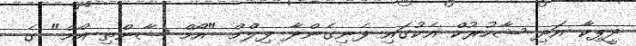
ދީޕިކާ އަދި ޝާހުރުކް އެކުގައި ފެނިގެންދާ ފިލްމް "އޯމް ޝާންތި އޯމް" ގެ